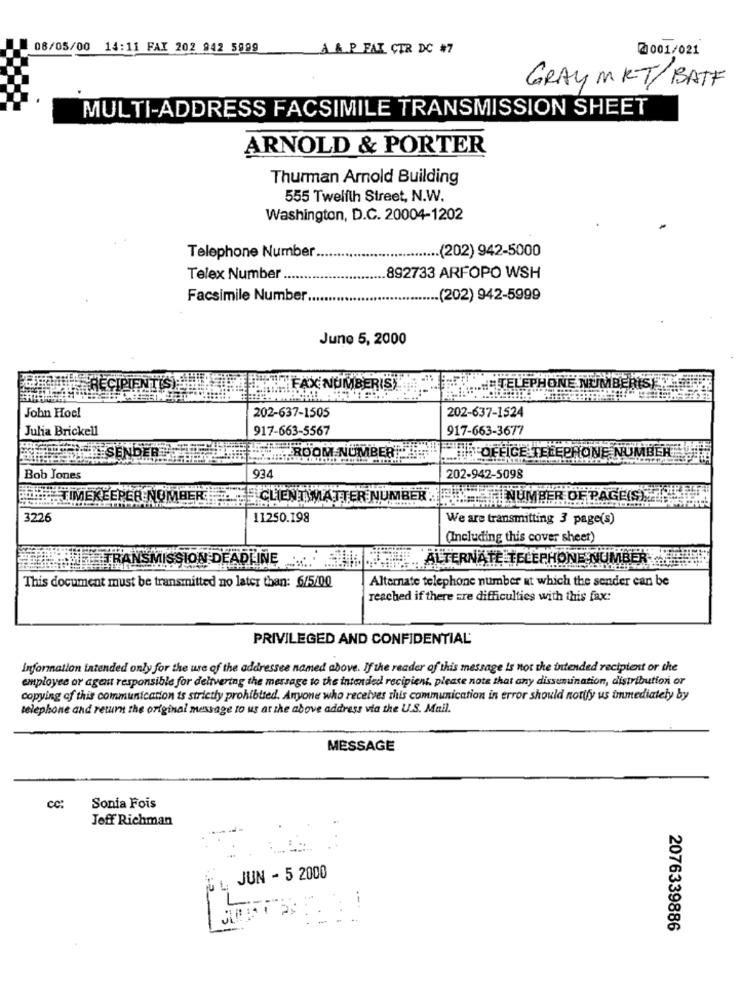
08/05/00 14:11 FAX 202 942 5899
A & P FAX CTR DC #7
0001/021
GRAY MKT/BATF
MULTI-ADDRESS FACSIMILE TRANSMISSION SHEET
ARNOLD & PORTER
Thurman Arnold Building
555 Twelfth Street, N.W.
Washington, D.C. 20004-1202
Telephone Number
...... (202) 942-5000
Telex Number
892733 ARFOPO WSH
Facsimile Number ...
... (202) 942-5999
June 5, 2000
RECIPIEN
DE NUMBERIS
John Hocl
202-637-1505
202-637-1524
Julia Brickell
917-663-5567
917-663-3677
ROOM NUMBER
.. OFFICE TELEPHONE NUM
93
Bob Jones
202-942-5098
TIMEKEEPER NUMBER
CLIENT MATTER NUMBER . NUMBER OF PAGE(S)
3226
11250.198
We are transmitting 3 page(s)
(Including this cover sheet)
TRA
SMISSION DEADLINE
LTERNATE TELEPHONE
Alternate telephone number at which the sender can be
This document must be transmitted no later than: 6/5/00
reached if there are difficulties with this fax:
PRIVILEGED AND CONFIDENTIAL
Information intended only for the use of the addressee named above. If the reader of this message is not the intended recipient or the
employee or agent responsible for delivering the message to the intended recipient, please note that any dissemination, distribution or
copying of this communication is strictly prohibited. Anyone who receives this communication in error should notify us immediately by
telephone and return the original message to us at the above address via the U.S. Mail.
MESSAGE
cc:
Sonia Fois
Joff Richman
JUN - 5 2000
--
2076339886